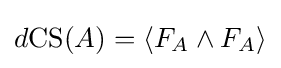
d\mathrm {CS} (A)=\langle F_{A}\wedge F_{A}\rangle